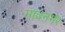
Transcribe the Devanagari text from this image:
मावनगर